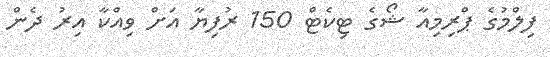
ފިލްމުގެ ޕްރިމިއާ ޝޯގެ ޓިކެޓް 150 ރުފިޔާ އަށް ވިއްކާ އިރު ދެން